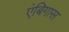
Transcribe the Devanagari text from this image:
एंबिगास